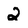
Character: 2